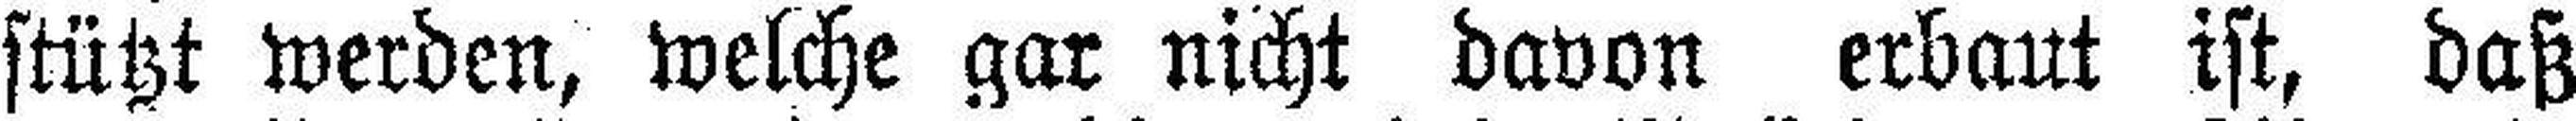
stützt werden, welche gar nicht davon erbaut ist, daß